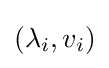
(\lambda _{i},v_{i})